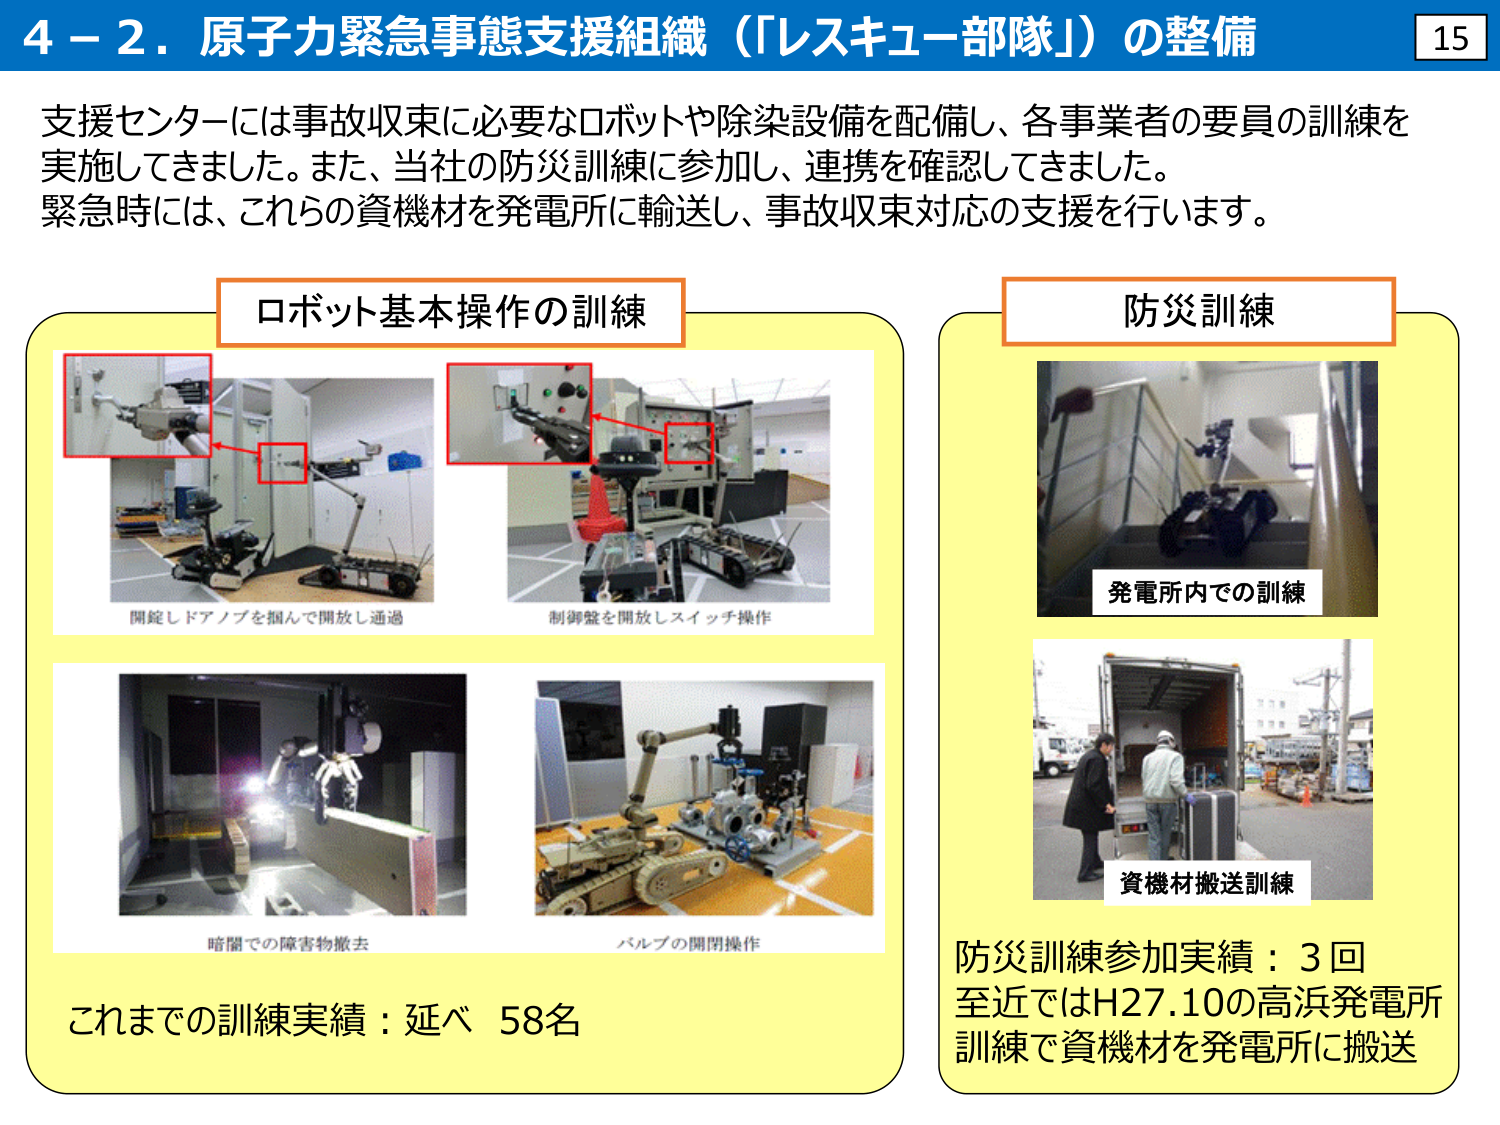
4－2．原子力緊急事態支援組織（「レスキュー部隊」）の整備

支援センターには事故収束に必要なロボットや除染設備を配備し、各事業者の要員の訓練を実施してきました。また、当社の防災訓練に参加し、連携を確認してきました。緊急時には、これらの資機材を発電所に輸送し、事故収束対応の支援を行います。

ロボット基本操作の訓練
開錠しドアノブを掴んで開放し通過
制御盤を開放しスイッチ操作
暗闇での障害物撤去
バルブの開閉操作
これまでの訓練実績：延べ 58名

防災訓練
発電所内での訓練
資機材搬送訓練
防災訓練参加実績：3回
至近ではH27.10の高浜発電所訓練で資機材を発電所に搬送

15